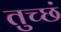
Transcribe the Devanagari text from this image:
तुच्छं